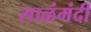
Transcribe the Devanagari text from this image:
साळंमंदी